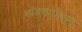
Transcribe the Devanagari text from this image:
भांडणापासून